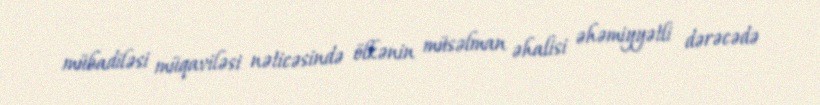
mübadiləsi müqaviləsi nəticəsində ölkənin müsəlman əhalisi əhəmiyyətli dərəcədə